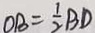
O B = \frac { 1 } { 2 } B D